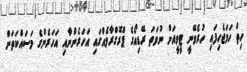
ހިތް ހަމަޖެހިފައި ހުރެވޭނީ ޓީވީއަށް ނުވަތަ ރޭޑިއޯގެ ޕްރޮގްރާމެއްގައި އަހަރެންނާއި އަހަރެންގެ މަސައްކަތަށް